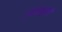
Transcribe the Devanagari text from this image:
अकाबुसी